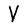
Character: V